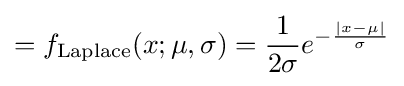
=f_{\text{Laplace}}(x;\mu ,\sigma )={\frac {1}{2\sigma }}e^{-{\frac {|x-\mu |}{\sigma }}}